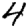
Digit: 4